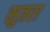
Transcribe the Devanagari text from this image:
सुतरा